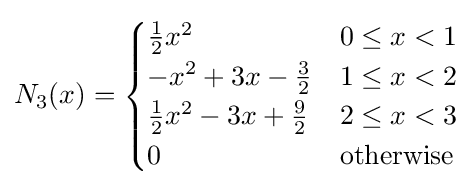
N_{3}(x)={\begin{cases}{\frac {1}{2}}x^{2}&0\leq x<1\\-x^{2}+3x-{\frac {3}{2}}&1\leq x<2\\{\frac {1}{2}}x^{2}-3x+{\frac {9}{2}}&2\leq x<3\\0&{\text{otherwise}}\end{cases}}